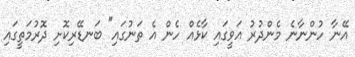
އޭނާ ހުންނާނެ މެންދުރު އަވީގައި ކާޅެއް ހެން އެ ތަނުގައި" ބަނޑޭރިކޮށި ދޮރުމަތީގައި